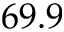
6 9 . 9